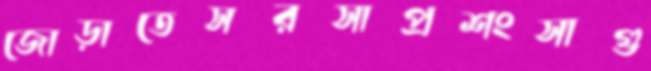
জোড়াতেসরসাপ্রশংসাগু